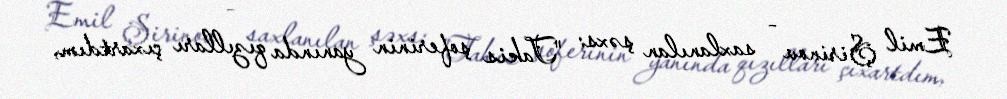
Emil Şirinov - saxlanılan şəxs: "Takis şoferinin yanında qızılları çıxartdım,